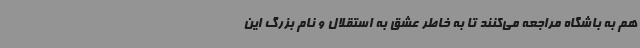
هم به باشگاه مراجعه می‌کنند تا به خاطر عشق به استقلال و نام بزرگ این